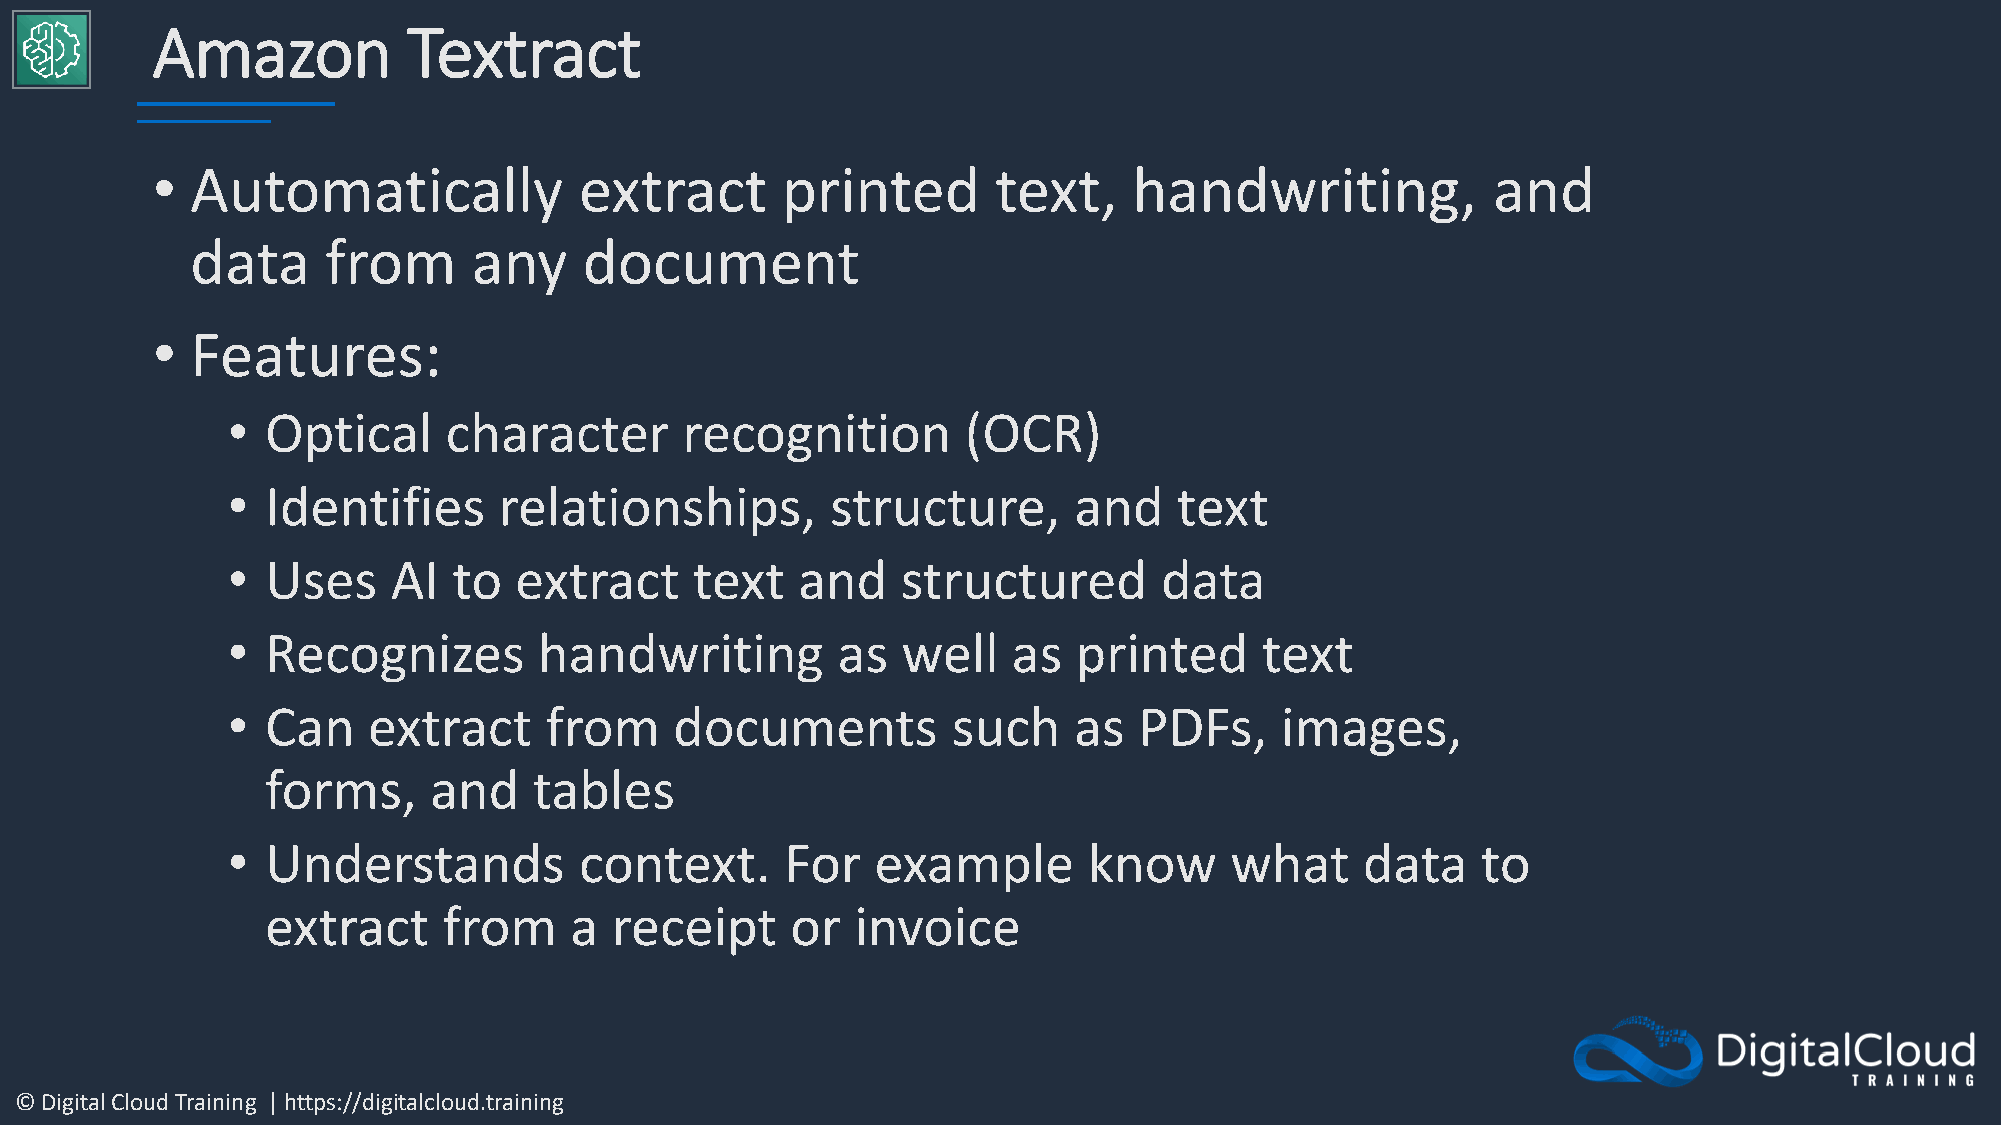
Amazon           Textract
 •  Automatically            extract       printed       text,    handwriting,            and
 data     from     any     document
 •  Features:
 •  Optical    character       recognition        (OCR)
 •  Identifies     relationships,        structure,      and    text
 •  Uses    AI  to  extract     text   and    structured       data
 •  Recognizes        handwriting        as   well   as  printed      text
 •  Can   extract     from     documents         such    as  PDFs,     images,
 forms,    and    tables
 •  Understands         context.      For   example       know     what     data    to
 extract    from     a receipt     or   invoice
 © Digital Cloud Training | https://digitalcloud.training